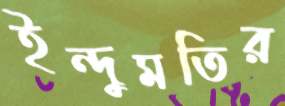
ইন্দুমতির